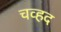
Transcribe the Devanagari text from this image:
चव्हद